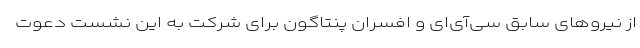
از نیروهای سابق سی‌آی‌ای و افسران پنتاگون برای شرکت به این نشست دعوت